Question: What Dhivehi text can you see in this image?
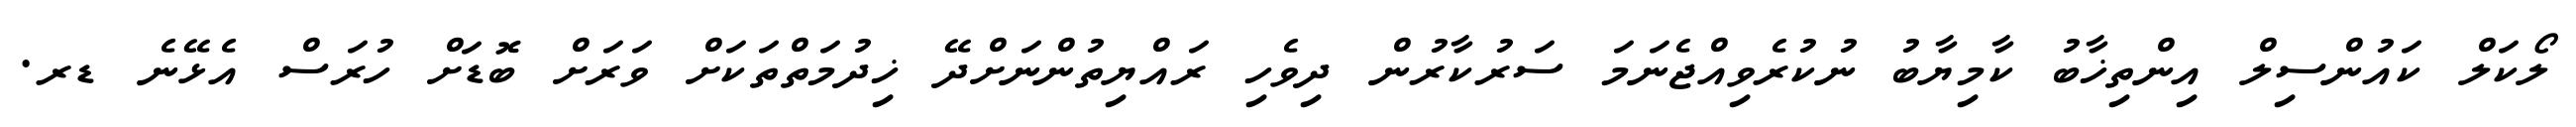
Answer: ލޯކަލް ކައުންސިލް އިންތިޚާބު ކާމިޔާބު ނުކުރެވިއްޖެނަމަ ސަރުކާރުން ދިވެހި ރައްޔިތުންނަށްދޭ ޚިދުމަތްތަކަށް ވަރަށް ބޮޑަށް ހުރަސް އެޅޭނެ ޑރ.